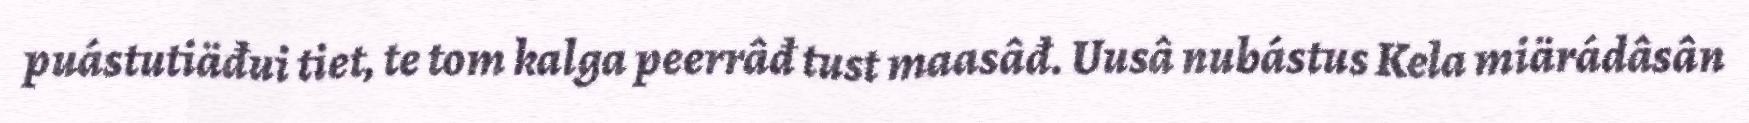
puástutiäđui tiet, te tom kalga peerrâđ tust maasâđ. Uusâ nubástus Kela miärádâsân